EAOK_Sinod, lk 119
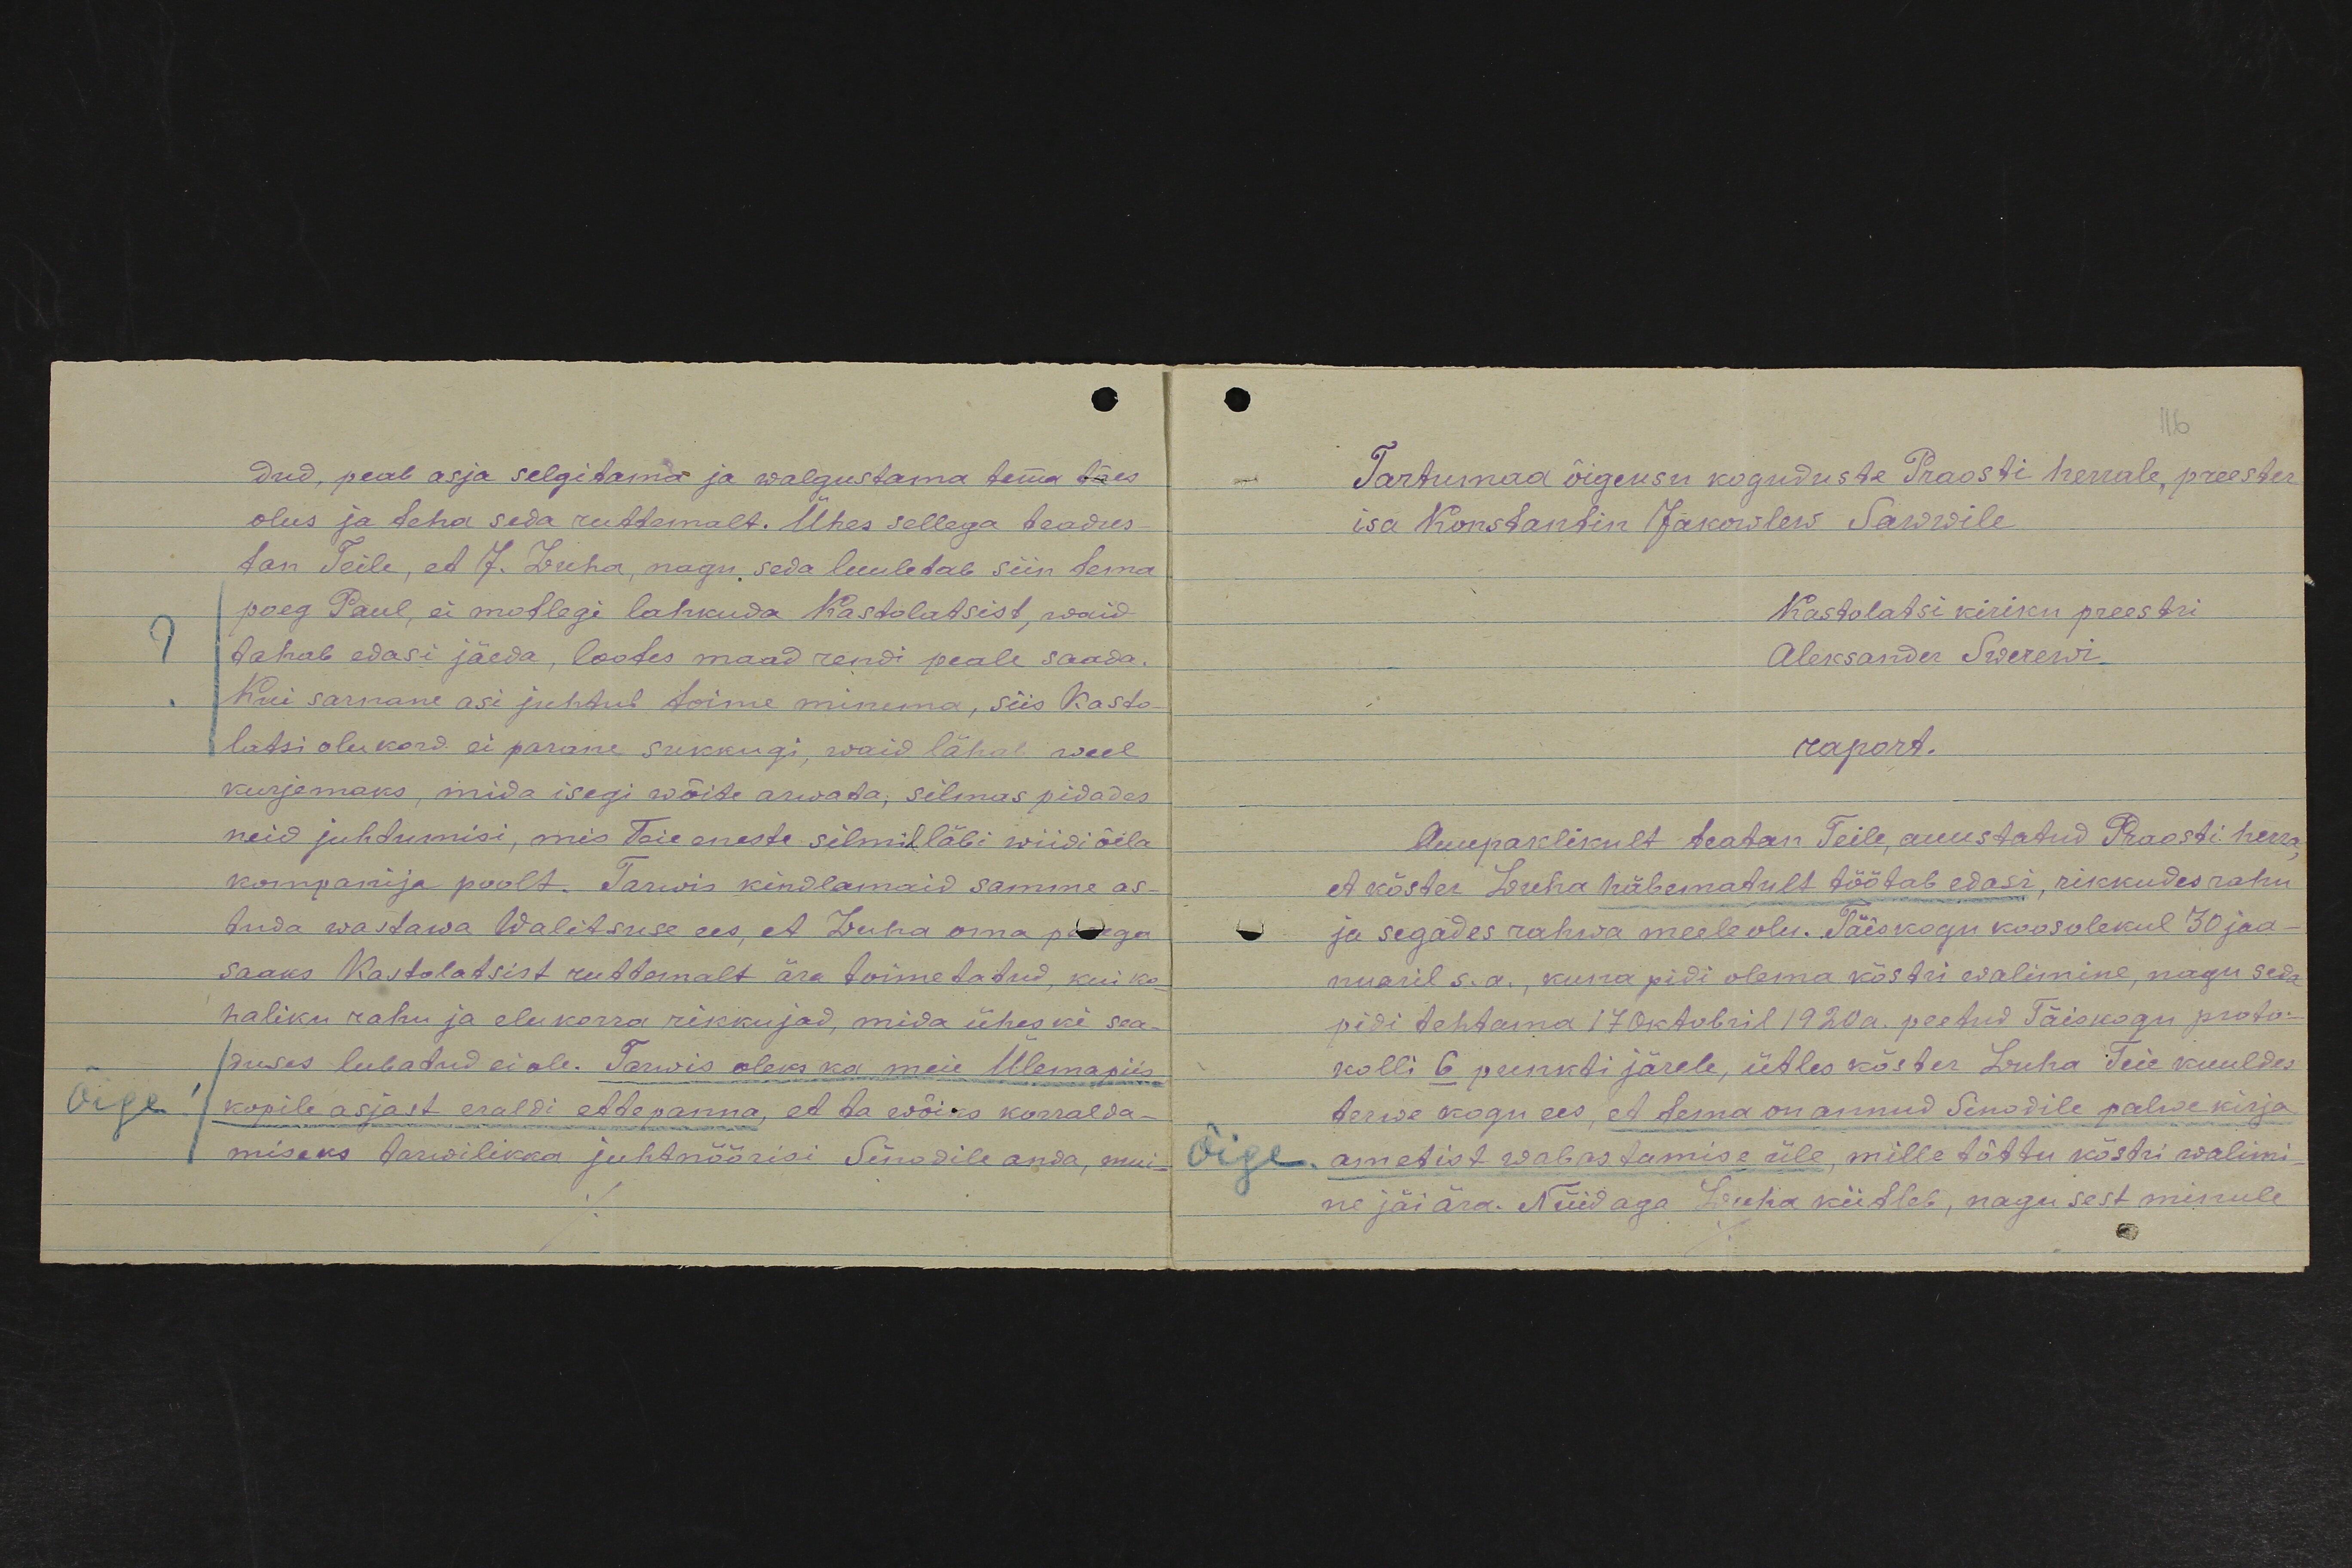
dud, peab asja selgitama ja walgustama tema tões
olus ja teha seda ruttemalt. Ühes sellega teadus-
tan Teile, et J. Luha, nagu seda luuletab siin tema
poeg Paul, ei mõtlegi lahkuda Kastolatsist, waid
tahab edasi jäeda, lootes maad rendi peale saada.
Kui sarnane asi juhtub toime minema, siis Kasto-
latsi olukord ei parane sukkugi, waid lähab weel
kurjemaks, mida isegi wõite arwata, silmas pidades
neid juhtumisi, mis Teie eneste silmil läbi wiidi õela
kompanija poolt. Tarwis kindlamaid samme as-
tuda wastawa Walitsuse ees et Luha oma perega
saaks Kastolatsist ruttemalt ära toimetatud, kui ko-
haliku rahu ja elukorra rikkujad, mida üheski sea-
duses lubatud ei ole. Tarwis oleks ka meie Ülemapiis
kopile asjast eraldi ettepanna, et ta wõiks korralda-
miseks tarwilikka juhtnöörisi Sinodile anda, mui-

Tartumaa õigeusu koguduste Praosti herrale, preester
isa Konstantin Jakowlew Sawwile
Kastolatsi kiriku preestri
Aleksander Swerewi
raport.
Auupaklikult teatan Teile, auustatud Praosti herra
et köster Luha häbematult töötab edasi, rikkudes rahu
ja segades rahwa meele olu. Täiskogu koosolekul 30 jaa-
nuaril s.a., kuna pidi olema köstri walimine, nagu seda
pidi tehtama 17 oktobril 1920 a. peetud Täiskogu proto-
kolli 6 punkti järele, ütles köster Luha Teie kuuldes
terwe kogu ees, et tema on annud Sinodile palwe kirja
ametist wabastamise üle, mille tõttu köstri walimi-
ne jäi ära. Nüid aga Luha kiitleb, nagu sest minule